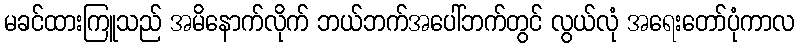
မခင်ထားကြူသည် အမိနောက်လိုက် ဘယ်ဘက်အပေါ်ဘက်တွင် လွယ်လုံ အရေးတော်ပုံကာလ